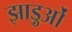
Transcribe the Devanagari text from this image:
झाड़ुओं